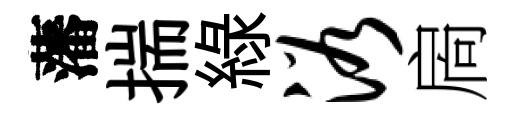
藩揣緑浴扄